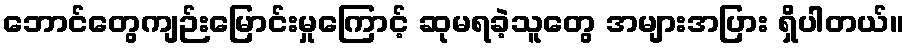
ဘောင်တွေကျဉ်းမြောင်းမှုကြောင့် ဆုမရခဲ့သူတွေ အများအပြား ရှိပါတယ်။